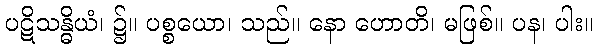
ပဋိသန္ဓိယံ၊ ၌။ ပစ္စယော၊ သည်။ နော ဟောတိ၊ မဖြစ်။ ပန၊ ပါး။